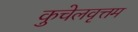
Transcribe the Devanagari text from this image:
कुचेलवृत्तम